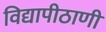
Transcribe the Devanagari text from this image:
विद्यापीठाणी